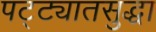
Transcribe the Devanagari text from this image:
पट्ट्यातसुद्धा